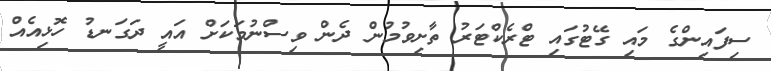
ސިފައިންގެ މައި ގޭޓުގައި ޓްރެކްޓަރު ތާށިވުމުން ދެން ވިސްނުމަކަށް އައީ ދަގަނޑު ހޮޅިއެއް